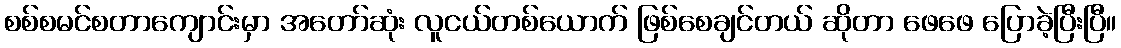
စစ်စမင်စတာကျောင်းမှာ အတော်ဆုံး လူငယ်တစ်ယောက် ဖြစ်စေချင်တယ် ဆိုတာ ဖေဖေ ပြောခဲ့ပြီးပြီ။